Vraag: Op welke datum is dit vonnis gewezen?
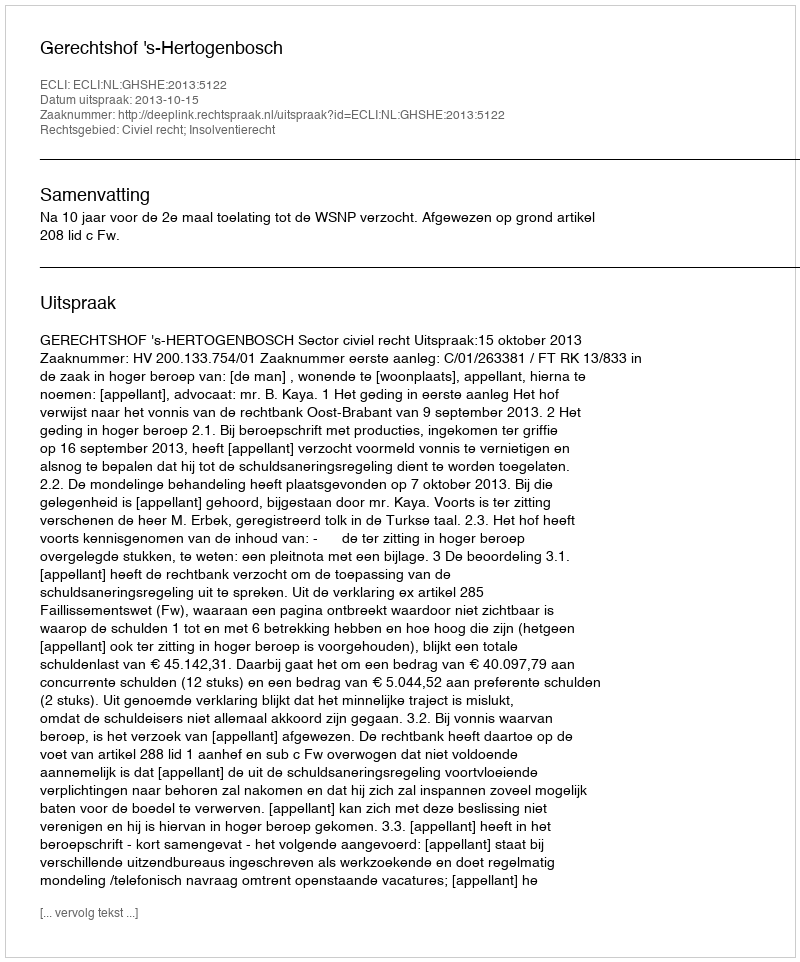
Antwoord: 2013-10-15